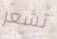
تشعر